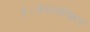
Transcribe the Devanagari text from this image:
है।सेफालेक्सिन